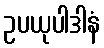
ဥပယုပါဒါနံ